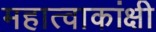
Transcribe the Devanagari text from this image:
महात्वाकांक्षी